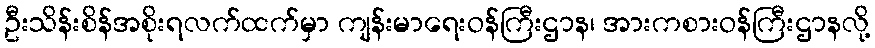
ဦးသိန်းစိန်အစိုးရလက်ထက်မှာ ကျန်းမာရေးဝန်ကြီးဌာန၊ အားကစားဝန်ကြီးဌာနလို့